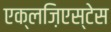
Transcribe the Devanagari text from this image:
एक्लज़िएस्टेस